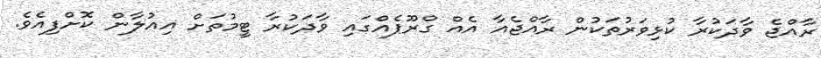
ރާއްޖެ ވާދަކުރާ ކުޅިވަރުތަކުން ރާއްޖެއާ އެއް ގްރޫޕެއްގައި ވާދަކުރާ ޓީމުތަށް އިއުލާން ކޮށްފިއެވެ.